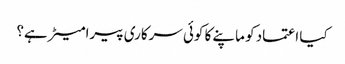
کیا اعتماد کو ماپنے کا کوئی سرکاری پیرامیٹر ہے؟